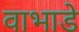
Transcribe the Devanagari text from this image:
वाभाडे